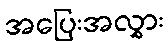
အပြေးအလွှား